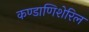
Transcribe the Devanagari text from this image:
कण्डाणिशेरिल